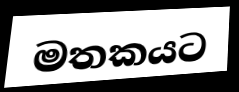
මතකයට